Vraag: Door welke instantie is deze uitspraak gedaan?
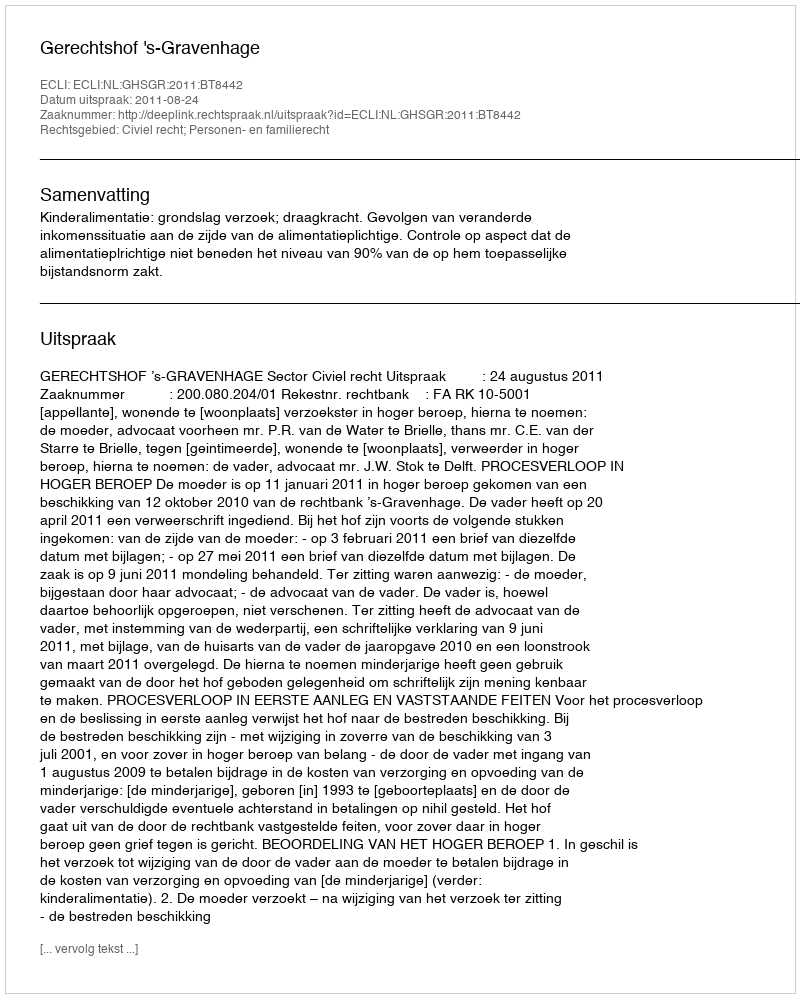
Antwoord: Gerechtshof 's-Gravenhage